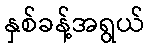
နှစ်ခန့်အရွယ်